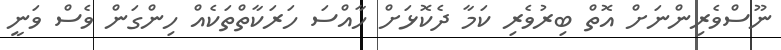
ނޫސްވެރިންނަށް އޮތް ބިރުވެރި ކަމާ ދެކޮޅަށް ހާއްސަ ހަރަކާތްތަކެއް ހިންގަން ވެސް ވަނީ